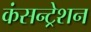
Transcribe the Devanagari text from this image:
कंसन्ट्रेशन